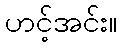
ဟင့်အင်း။